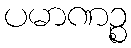
ပမာဏဉ္စ